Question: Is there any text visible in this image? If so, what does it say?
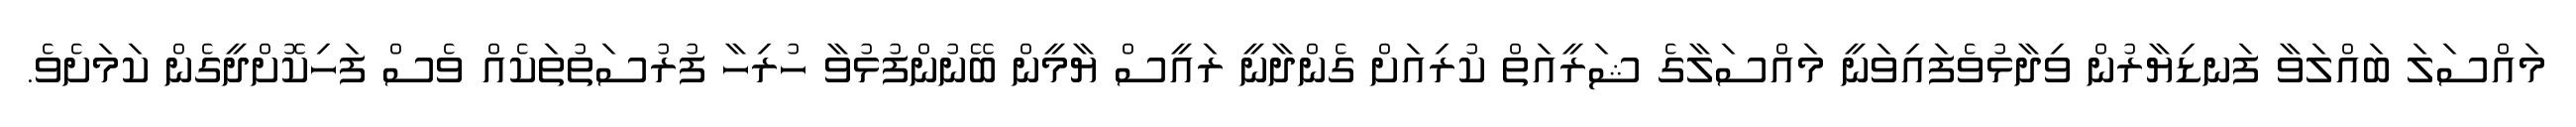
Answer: މައްސަލަ ބައްލަވާ ފަނޑިޔާރުން ވިދާޅުވެފައިވަނީ މައްސަލާގެ ޝަރީއަތް ކުރިއަށް ގެންދާނީ ރައީސް ޔާމީން ބޭނުންފުޅުވާ ހުރިހާ ފުރުސަތުތަކެއް ވެސް ފަހިކޮށްދީގެން ކަމަށެވެ.